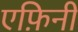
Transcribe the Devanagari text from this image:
एफ़िनी